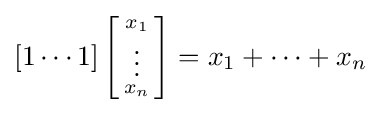
[1\cdots 1]\left[{\begin{smallmatrix}x_{1}\\\vdots \\x_{n}\end{smallmatrix}}\right]=x_{1}+\cdots +x_{n}